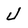
Character: j